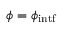
\phi = \phi _ { \mathrm { i n t f } }